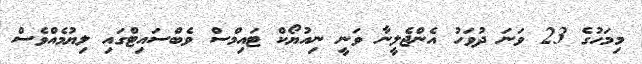
މިމަހުގެ 23 ވަނަ ދުވަހު އެންޖެލީނާ ވަނީ ނިއުޔޯކް ޓައިމްސް ވެބްސައިޓްގައި ލިޔުމެއްވެސް